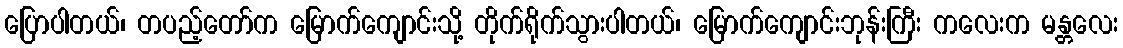
ပြောပါတယ်၊ တပည့်တော်က မြောက်ကျောင်းသို့ တိုက်ရိုက်သွားပါတယ်၊ မြောက်ကျောင်းဘုန်းကြီး ကလေးက မန္တလေး